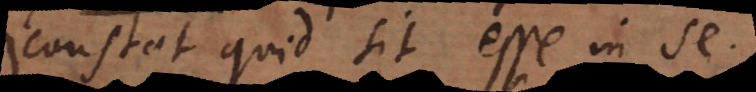
constet quid sit esse in se.